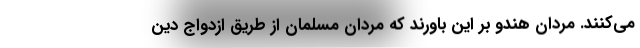
می‌کنند. مردان هندو بر این باورند که مردان مسلمان از طریق ازدواج دین